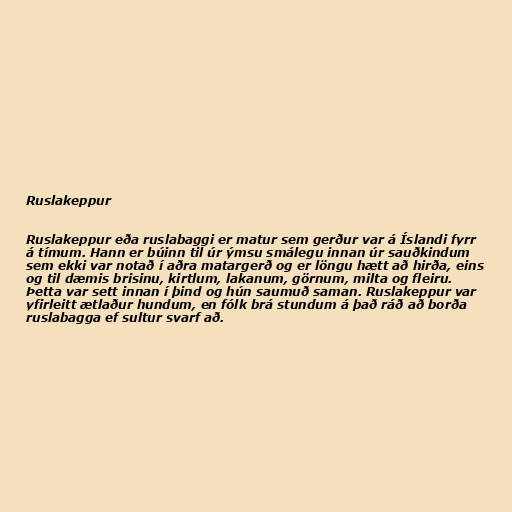
Ruslakeppur

Ruslakeppur eða ruslabaggi er matur sem gerður var á Íslandi fyrr
á tímum. Hann er búinn til úr ýmsu smálegu innan úr sauðkindum
sem ekki var notað í aðra matargerð og er löngu hætt að hirða, eins
og til dæmis brisinu, kirtlum, lakanum, görnum, milta og fleiru.
Þetta var sett innan í þind og hún saumuð saman. Ruslakeppur var
yfirleitt ætlaður hundum, en fólk brá stundum á það ráð að borða
ruslabagga ef sultur svarf að.